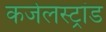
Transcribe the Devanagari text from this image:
कजेलस्ट्रांड